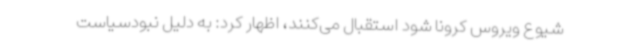
شیوع ویروس کرونا شود استقبال می‌کنند، اظهار کرد: به دلیل نبودسیاست